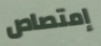
إمتصاص